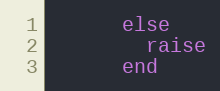
Language: Ruby
      else
        raise
      end